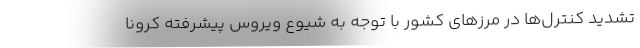
تشدید کنترل‌ها در مرزهای کشور با توجه به شیوع ویروس پیشرفته کرونا